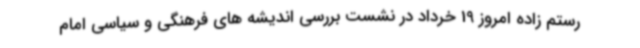
رستم زاده امروز 19 خرداد در نشست بررسی اندیشه های فرهنگی و سیاسی امام